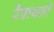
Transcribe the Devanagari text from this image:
रैवायज़ाँ